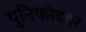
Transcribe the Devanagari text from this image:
युनिकोडवर